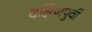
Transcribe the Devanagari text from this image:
दक्षिणपुर्वी